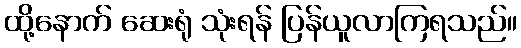
ထို့နောက် ဆေးရုံ သုံးရန် ပြန်ယူလာကြရသည်။